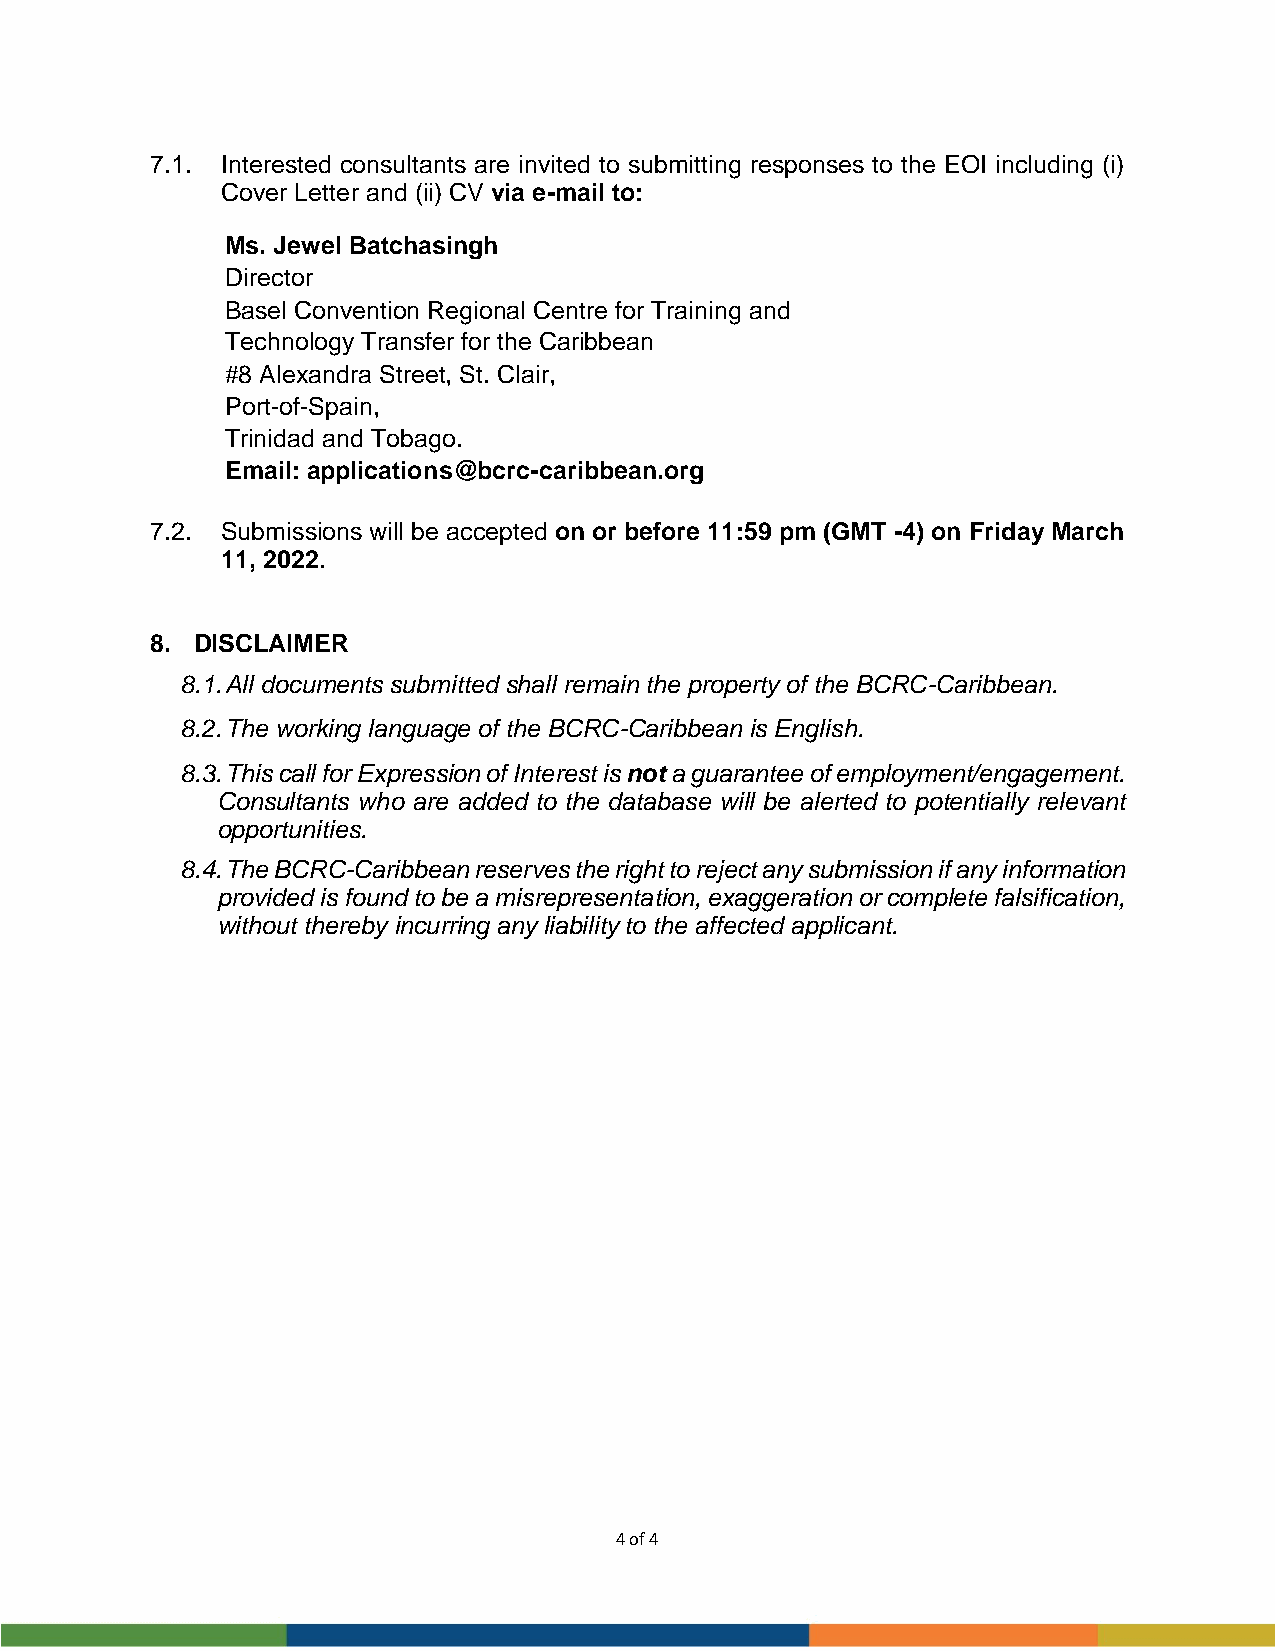
Annex II – RG-T3548
 Page 4 of 24
 7.1. IntTeEreRsMteSd O cFo nRsEuFltEaRnEtsN aCrEe invited to submitting responses to the EOI including (i)
 Cover Letter and (ii) CV via e-mail to:
 Ms. Jewel Batchasingh
 Director
 Basel Convention Regional Centre for Training and
 Technology Transfer for the Caribbean
 #8 Alexandra Street, St. Clair,
 Port-of-Spain,
 Trinidad and Tobago.
 Email: applications@bcrc-caribbean.org
 7.2. Submissions will be accepted on or before 11:59 pm (GMT -4) on Friday March
 11, 2022.
 8. DISCLAIMER
 8.1. All documents submitted shall remain the property of the BCRC-Caribbean.
 8.2. The working language of the BCRC-Caribbean is English.
 8.3. This call for Expression of Interest is not a guarantee of employment/engagement.
 Consultants who are added to the database will be alerted to potentially relevant
 opportunities.
 8.4. The BCRC-Caribbean reserves the right to reject any submission if any information
 provided is found to be a misrepresentation, exaggeration or complete falsification,
 without thereby incurring any liability to the affected applicant.
 4 of 4